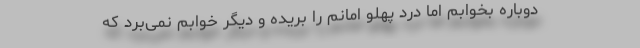
دوباره بخوابم اما درد پهلو امانم را بریده و دیگر خوابم نمی‌برد که